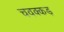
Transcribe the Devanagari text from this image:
चवक्कड़